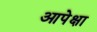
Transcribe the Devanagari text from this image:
आपेक्षा